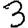
Digit: 3